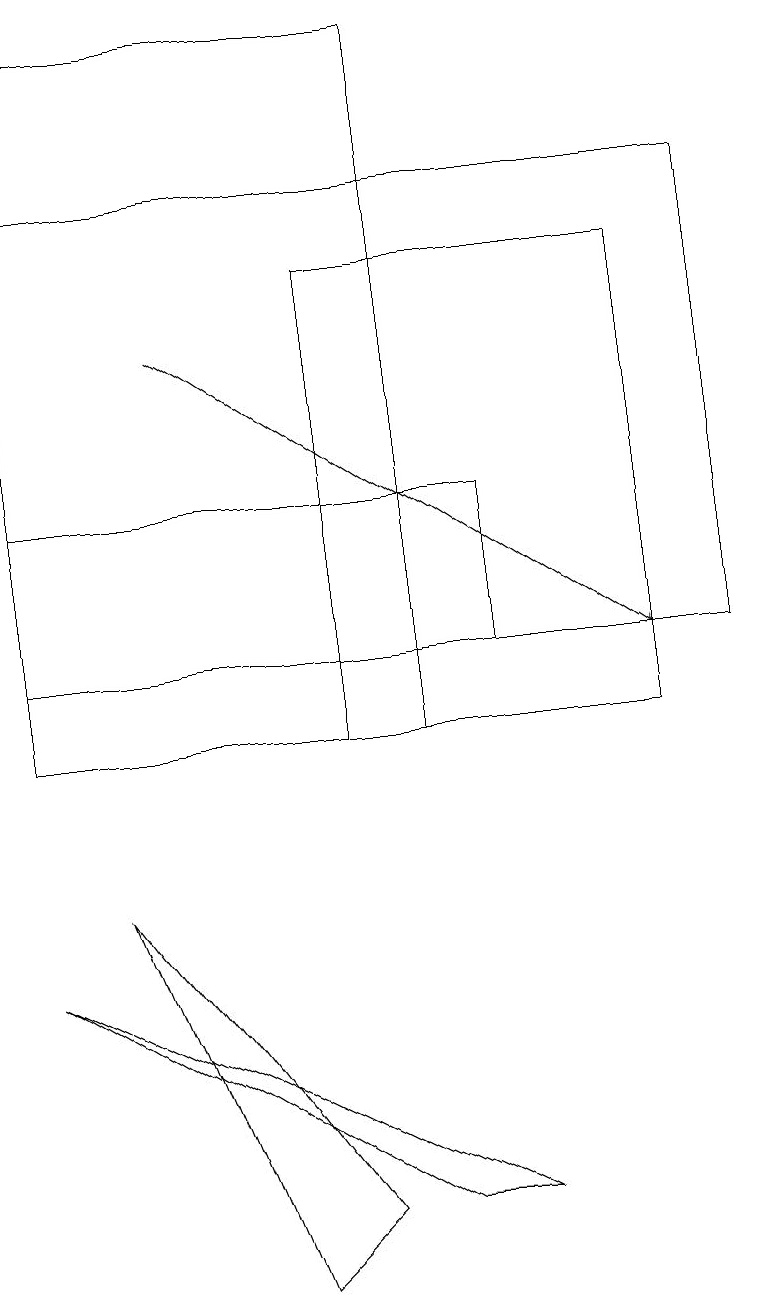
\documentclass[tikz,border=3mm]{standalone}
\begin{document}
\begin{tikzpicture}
\draw (0,11) rectangle (6,13);
\draw (0,17) rectangle (9,11);
\draw (8,16) rectangle (4,10);
\draw (5,4) -- (6,4) -- (0,7) -- cycle;
\draw (1,8) -- (3,3) -- (4,4) -- cycle;
\draw[->] (2,15) -- (8,11);
\draw (0,10) rectangle (5,19);
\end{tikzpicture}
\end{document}